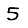
Digit: 5